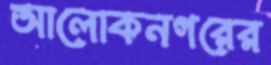
আলোকনগরের